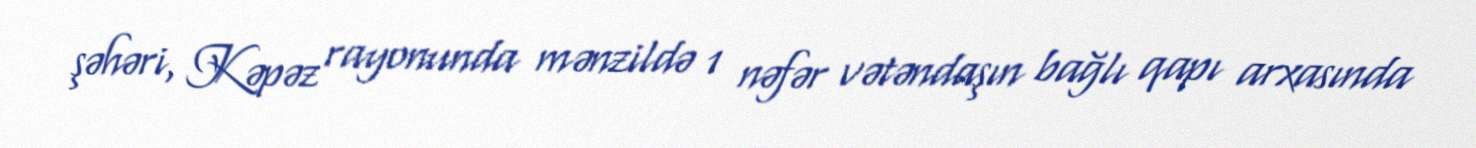
şəhəri, Kəpəz rayonunda mənzildə 1 nəfər vətəndaşın bağlı qapı arxasında